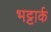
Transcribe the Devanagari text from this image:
भट्टार्क